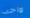
واحب